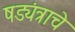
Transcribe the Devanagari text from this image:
षड्यंत्राचे